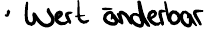
Wert änderbar